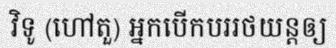
វិទូ (ហៅតួ) អ្នកបើកបររថយន្តឲ្យ